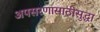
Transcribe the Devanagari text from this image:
अपसरणासाठीसुद्धा